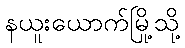
နယူးယောက်မြို့သို့